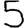
Digit: 5